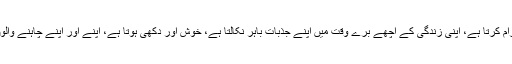
آخر کار انسان اس جگہ پر آرام کرتا ہے، اپنی زندگی کے اچھے برے وقت میں اپنے جذبات باہر نکالتا ہے، خوش اور دکھی ہوتا ہے، اپنے اور اپنے چاہنے والوں کے لئے خواب سجاتا ہے۔